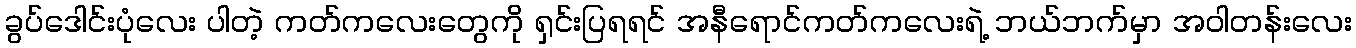
ခွပ်ဒေါင်းပုံလေး ပါတဲ့ ကတ်ကလေးတွေကို ရှင်းပြရရင် အနီရောင်ကတ်ကလေးရဲ့ ဘယ်ဘက်မှာ အဝါတန်းလေး